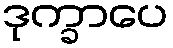
ဒုက္ခာပေ